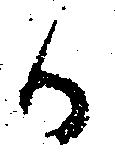
か